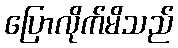
ပြောလိုက်မိသည်